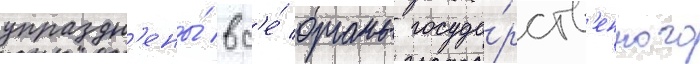
упраздн'ены́ вс'е́ органы госуда́рств'енного